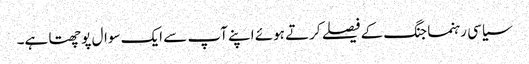
سیاسی رہنما جنگ کے فیصلے کرتے ہوئے اپنے آپ سے ایک سوال پوچھتا ہے۔